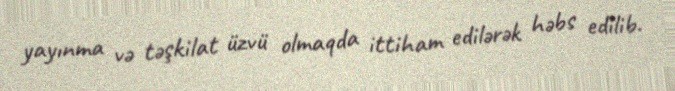
yayınma və təşkilat üzvü olmaqda ittiham edilərək həbs edilib.